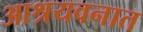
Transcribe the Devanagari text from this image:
आश्रयवनात